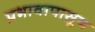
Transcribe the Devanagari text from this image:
प्रभावापासुन